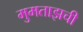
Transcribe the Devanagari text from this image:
मुमताझची